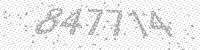
Solution: 847714